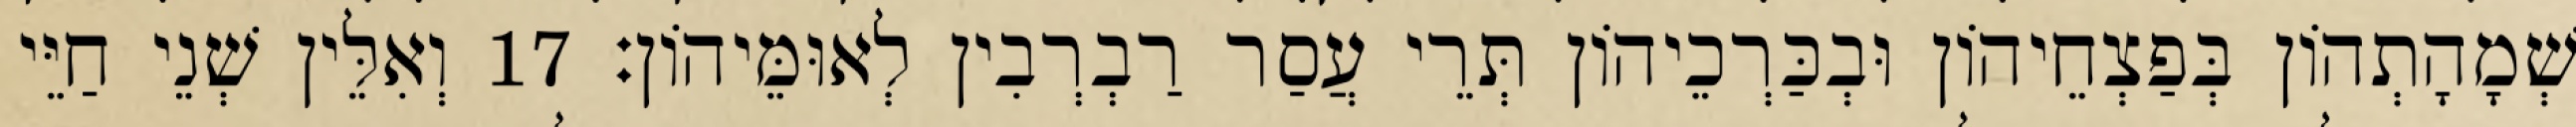
שְׁמָהָתְהוֹן בְּפַצְחֵיהוֹן וּבְכַּרְכֵיהוֹן תְּרֵי עֲסַר רַבְרְבִין לְאוּמֵּיהוֹן׃ 17 וְאִלֵּין שְׁנֵי חַיֵּי